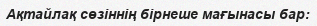
Ақтайлақ сөзіннің бірнеше мағынасы бар: